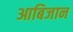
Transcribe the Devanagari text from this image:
आबिजान